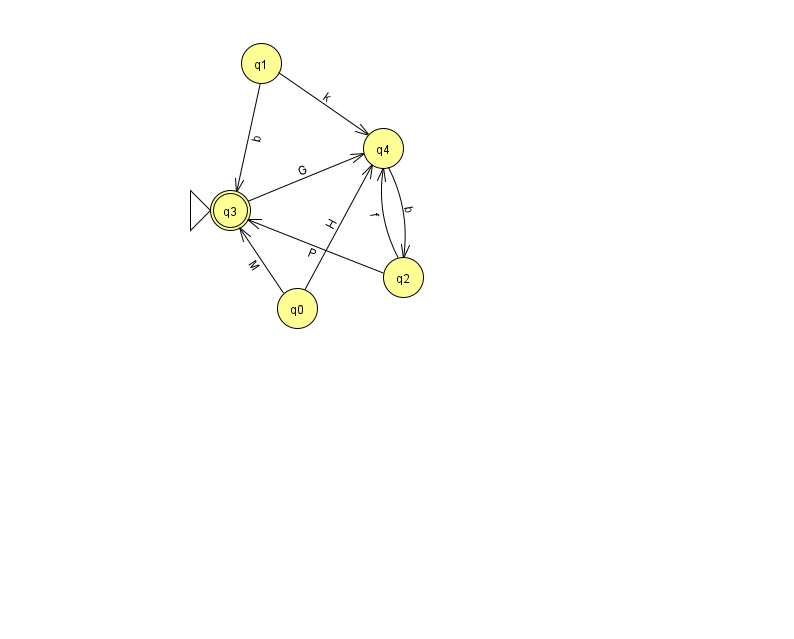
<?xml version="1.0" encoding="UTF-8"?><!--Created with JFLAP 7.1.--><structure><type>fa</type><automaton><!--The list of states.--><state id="0" name="q0"><x>297.0</x><y>295.0</y></state><state id="1" name="q1"><x>261.0</x><y>50.0</y></state><state id="2" name="q2"><x>403.0</x><y>264.0</y></state><state id="3" name="q3"><x>230.0</x><y>197.0</y><initial/><final/></state><state id="4" name="q4"><x>383.0</x><y>135.0</y></state><!--The list of transitions.--><transition><from>1</from><to>3</to><read>b</read></transition><transition><from>3</from><to>4</to><read>G</read></transition><transition><from>2</from><to>4</to><read>f</read></transition><transition><from>0</from><to>3</to><read>M</read></transition><transition><from>1</from><to>4</to><read>k</read></transition><transition><from>0</from><to>4</to><read>H</read></transition><transition><from>2</from><to>3</to><read>P</read></transition><transition><from>4</from><to>2</to><read>b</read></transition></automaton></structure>